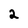
Character: 2